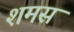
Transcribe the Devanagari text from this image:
शमस